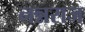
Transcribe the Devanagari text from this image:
नन्नराज